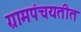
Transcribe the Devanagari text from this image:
ग्रामपंचयतीत